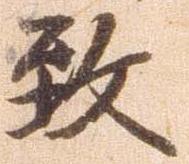
致